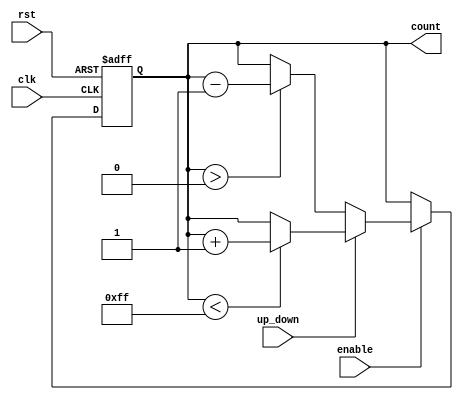
module up_down_counter (
    input wire clk,          // Clock signal
    input wire rst,          // Asynchronous reset
    input wire up_down,      // Up/Down control signal
    input wire enable,       // Enable signal
    output reg [7:0] count   // Counter output (8-bit wide)
);
    
    // Initialize the counter to zero
    initial begin
        count = 8'b0;
    end

    // Asynchronous reset and synchronous counting
    always @(posedge clk or posedge rst) begin
        if (rst) begin
            count <= 8'b0; // Reset counter to zero
        end else if (enable) begin
            if (up_down) begin
                // Up count
                if (count < 8'b11111111) begin // Check for overflow
                    count <= count + 1'b1;
                end
            end else begin
                // Down count
                if (count > 8'b0) begin // Check for underflow
                    count <= count - 1'b1;
                end
            end
        end
    end
endmodule